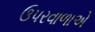
ઉપરવાળાએ